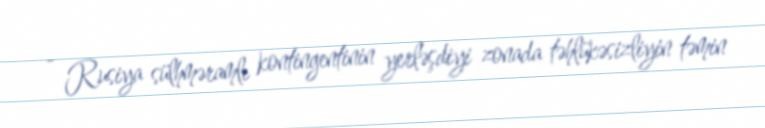
- Rusiya sülhməramlı kontingentinin yerləşdiyi zonada təhlükəsizliyin təmin